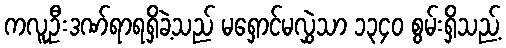
ကလူဦးဒဏ်ရာရရှိခဲ့သည် မရှောင်မလွှဲသာ ၁၃၄၀ စွမ်းရှိသည့်